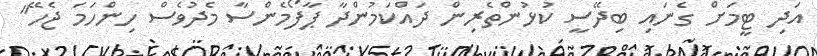
އަދި ޓީމަށް ގެނައި ބިދޭސީ ކުޅުންތެރިން ދައްކަމުންދާ ޕާފޯމެންސާ މެދުވެސް ހިންހަމަ ޖެހޭ"